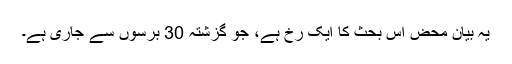
یہ بیان محض اُس بحث کا ایک رُخ ہے، جو گزشتہ 30 برسوں سے جاری ہے۔